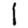
Digit: 1